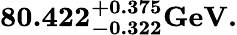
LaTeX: \mathbf{80.422_{-0.322}^{+0.375}GeV.}